Vaccination report Assam 1896-1927 - 1896-1927
Year: 1896
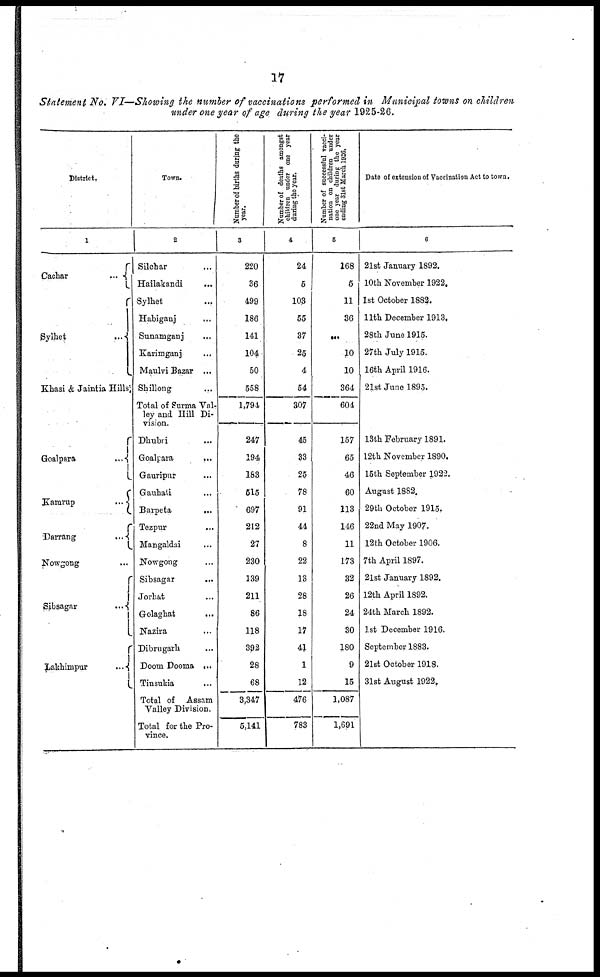
17
Statement No. VI—Showing the number of vaccinations performed in Municipal towns on children
under one year of age during the year 1925-26.
District.
1
Cachar
...
Sylhet
...
Khasi & Jaintia Hills,
Goalpara
...
Kamrup
...
Darrang
...
Nowgong ...
Sibsagar
...
Lakhimpur
...
Town.
2
Silchar ...
Hailakandi
...
Sylhet ...
Habiganj
...
Sunamganj ...
Karimganj ...
Maulvi Bazar ...
Shillong ...
Total of Surma Val-
ley and Hill Di-
vision.
Dhubli ...
Goalpara
...
Gauripur ...
Gauhati ...
Barpeta
...
Tezpur ...
Mangaldai ...
Nowgong ...
Sibsagar ...
Jorhat ...
Golaghat
...
Nazira ...
Dibrugarh ...
Doom Dooma ...
Tinsukia ...
Total of Assam
Valley Division.
Total for the Pro-
vince.
Number of births during the
year.
3
220
36
499
186
141
104
50
558
1,791
247
194
183
515
697
212
27
230
139
211
86
118
392
28
68
3,347
5,141
Number of deaths amongst
children under one year
during the year.
4
24
5
103
55
37
25
4
54
307
45
33
25
78
91
44
8
22
13
28
18
17
41
1
12
476
783
Number of successful vacci-
nation on children under
one year during the year
ending 3lst March 1926.
5
168
5
11
36
...
10
10
364
604
157
65
46
60
113
146
11
173
32
26
24
30
180
9
15
1,087
1,691
Date of extension of Vaccination Act to town.
6
21st January 1892.
10th November 1922.
1st October 1882.
11th December 1913.
28th June 1915.
27th July 1915.
16th April 1916.
21st June 1895.
13th February 1891.
12th November 1890.
15th September 1922.
August 1882.
29th October 1915.
22nd May 1907.
12th October 1906.
7th April 1897.
21st January 1892.
12th April 1892.
24th March 1892.
1st December 1916.
September 1883.
21st October 1918.
31st August 1922.